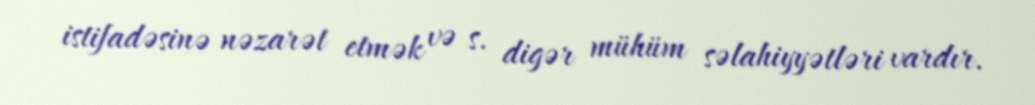
istifadəsinə nəzarət etmək və s. digər mühüm səlahiyyətləri vardır.